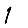
Digit: 1